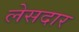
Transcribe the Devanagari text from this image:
लेसदार